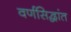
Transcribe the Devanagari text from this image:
वर्णसिद्धांत